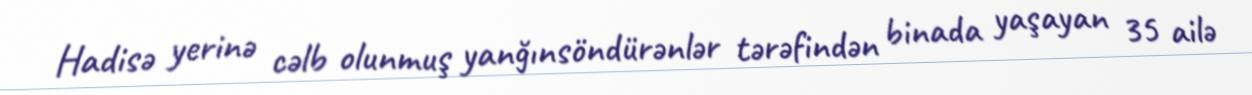
Hadisə yerinə cəlb olunmuş yanğınsöndürənlər tərəfindən binada yaşayan 35 ailə